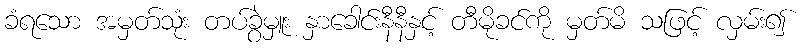
ခံရသော အမှတ်သုံး တပ်ခွဲမှူး နှာခေါင်းနီနီနှင့် တီမိုခင်ကို မှတ်မိ သဖြင့် လှမ်း၍